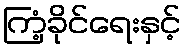
ကြံ့ခိုင်ရေးနှင့်